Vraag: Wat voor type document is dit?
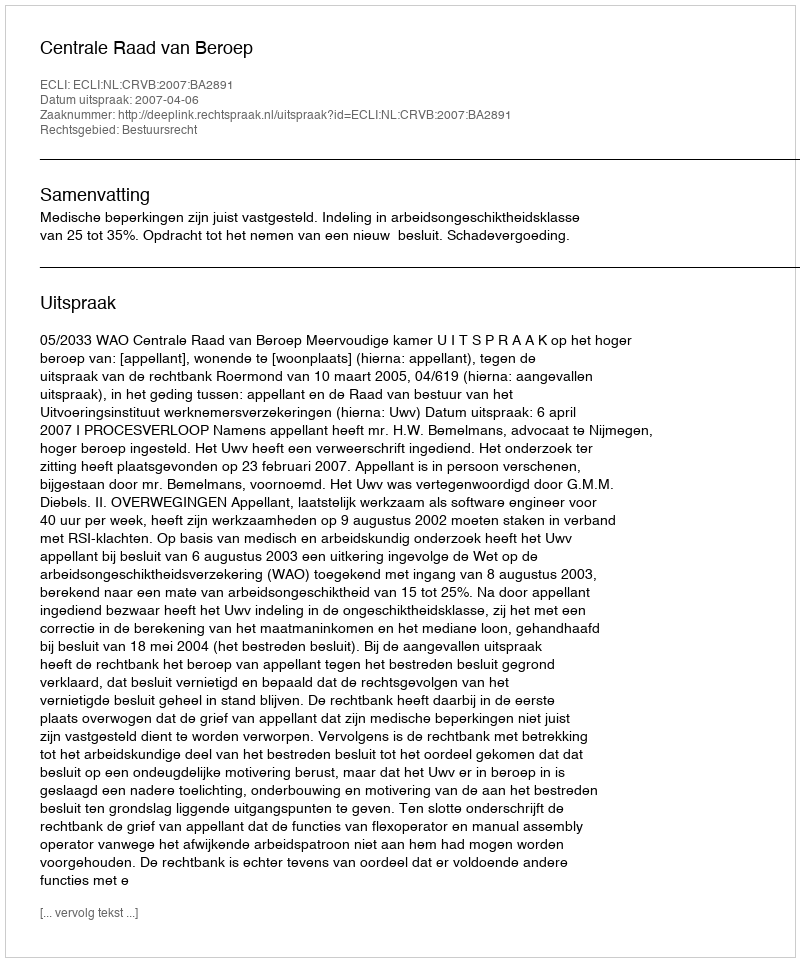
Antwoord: Uitspraak